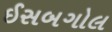
ઈસબગોલ